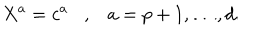
LaTeX: X ^ { a } = c ^ { a } , a = p + 1 , \ldots , d .